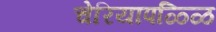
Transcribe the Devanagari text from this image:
चेरियापळ्ळि